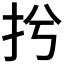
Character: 𢪆